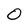
Character: O